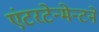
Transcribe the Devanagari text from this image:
एंटरटेन्मेन्टने